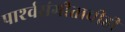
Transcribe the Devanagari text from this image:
पार्श्‍वसंगीताचीही